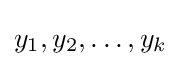
y_{1},y_{2},\dots ,y_{k}